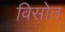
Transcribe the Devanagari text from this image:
विसोत